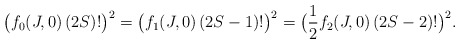
\begin{align*} \bigl( f_0(J,0) \, (2S)! \bigr)^2 = \bigl( f_1(J,0) \, (2S-1)! \bigr)^2 = \bigl( \frac{1}{2} f_2(J,0) \, (2S-2)! \bigr)^2 . \end{align*}